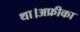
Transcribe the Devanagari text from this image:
था।अफ्रीका